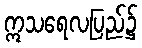
ဣသရေလပြည်၌